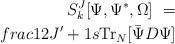
LaTeX: \begin{align*}S^J_k [\Psi ,\Psi^* ,\Omega ] \ =\\frac{1}{2J'+1} s{\rm Tr}_N [{\bar \Psi} D \Psi ]\end{align*}